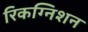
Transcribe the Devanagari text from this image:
रिकग्निशन